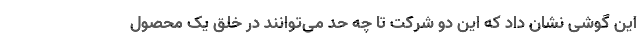
این گوشی نشان داد که این دو شرکت تا چه حد می‌توانند در خلق یک محصول